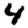
Digit: 4